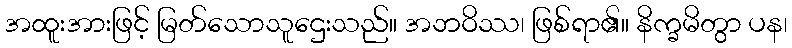
အထူးအားဖြင့် မြတ်သောသူဌေးသည်။ အဘဝိဿ၊ ဖြစ်ရာ၏။ နိက္ခမိတွာ ပန၊